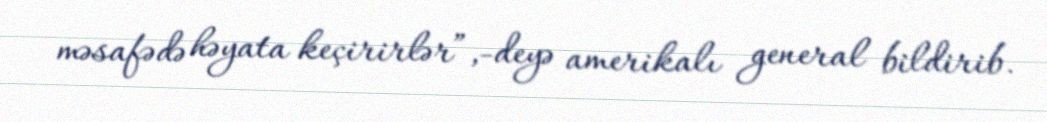
məsafədə həyata keçirirlər”,-deyə amerikalı general bildirib.